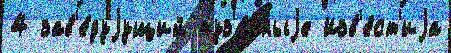
4 зав'е́дуjущий туз'е́мныjе Изв'е́ст'иjа